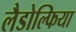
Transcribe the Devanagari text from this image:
लैडोल्फिया